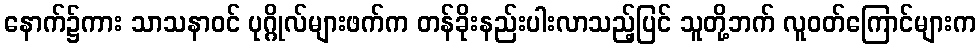
နောက်၌ကား သာသနာဝင် ပုဂ္ဂိုလ်များဖက်က တန်ခိုးနည်းပါးလာသည့်ပြင် သူတို့ဘက် လူဝတ်ကြောင်များက